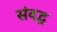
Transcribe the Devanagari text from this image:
संवद्ध